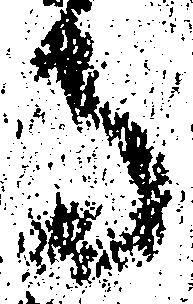
寺